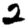
Digit: 2